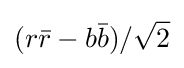
(r{\bar {r}}-b{\bar {b}})/{\sqrt {2}}